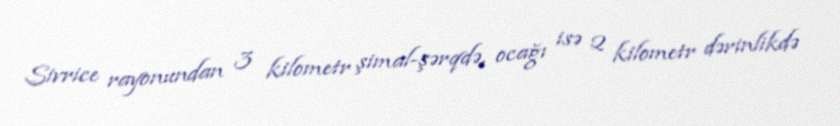
Sivrice rayonundan 3 kilometr şimal-şərqdə, ocağı isə 2 kilometr dərinlikdə